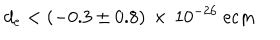
d _ { e } < ( - 0 . 3 \pm 0 . 8 ) \, \times \, 1 0 ^ { - 2 6 } ~ \mathrm { e c m }